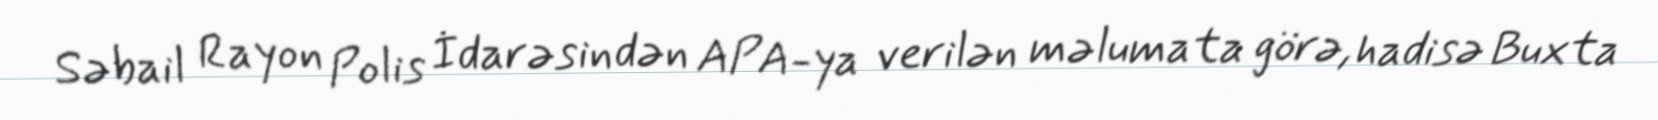
Səbail Rayon Polis İdarəsindən APA-ya verilən məlumata görə, hadisə Buxta